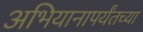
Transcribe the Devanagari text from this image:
अभियानापर्यंतच्या